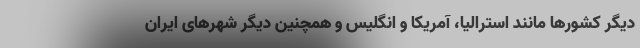
دیگر کشورها مانند استرالیا، آمریکا و انگلیس و همچنین دیگر شهرهای ایران